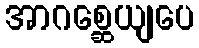
အာဂစ္ဆေယျပေ